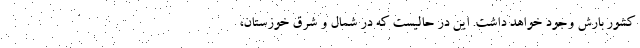
کشور بارش وجود خواهد داشت. این در حالیست که در شمال و شرق خوزستان،